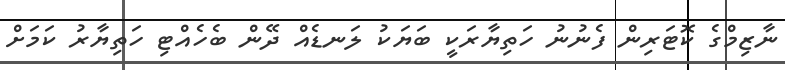
ނާޒިމްގެ ކޮޓަރިން ފެނުނު ހަތިޔާރަކީ ބަޔަކު ލަނޑެއް ދޭން ބެހެއްޓި ހަތިޔާރު ކަމަށް